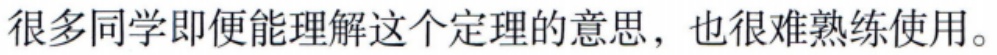
很多同学即便能理解这个定理的意思，也很难熟练使用。